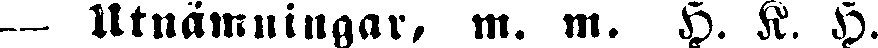
— Utnämningar, m. m. H. K. H.